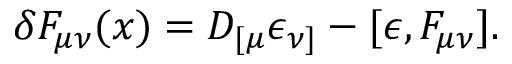
\delta F _ { \mu \nu } ( x ) = D _ { [ \mu } \epsilon _ { \nu ] } - [ \epsilon , F _ { \mu \nu } ] .